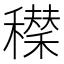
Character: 𥣆